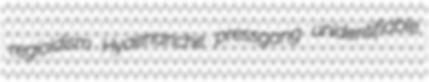
regicidism Hyaenanche pressgang unidentifiable